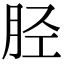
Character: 胫